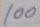
100